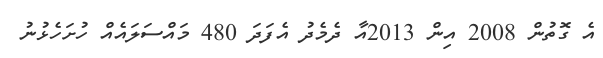
އެ ގޮތުން 2008 އިން 2013އާ ދެމެދު އެފަދަ 480 މައްސަލައެއް ހުށަހެޅުނު